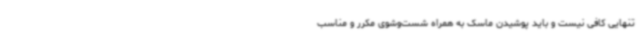
تنهایی کافی نیست و باید پوشیدن ماسک به همراه شست‌وشوی مکرر و مناسب